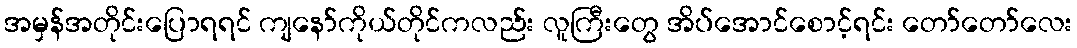
အမှန်အတိုင်းပြောရရင် ကျနော်ကိုယ်တိုင်ကလည်း လူကြီးတွေ အိပ်အောင်စောင့်ရင်း တော်တော်လေး